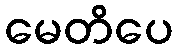
မေတိပေ